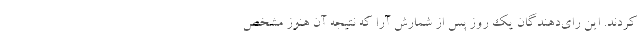
کردند. این رای‌دهندگان یک روز پس از شمارش آرا که نتیجه آن هنوز مشخص